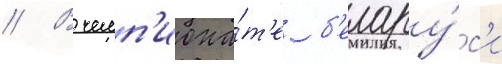
// В чемп'иона́т'е б'елару́с'и